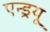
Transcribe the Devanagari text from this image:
एन्‍ड्रयू